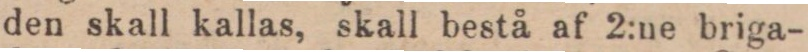
den skall kallas, skall bestå af 2:ne briga-